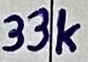
Text: 33k